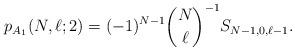
LaTeX: \begin{align*}p_{A_1}(N,\ell;2)=(-1)^{N-1}\binom{N}{\ell}^{-1}S_{N-1,0,\ell-1}.\end{align*}